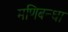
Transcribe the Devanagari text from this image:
मणिबन्धा